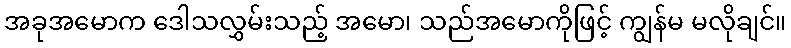
အခုအမောက ဒေါသလွှမ်းသည့် အမော၊ သည်အမောကိုဖြင့် ကျွန်မ မလိုချင်။